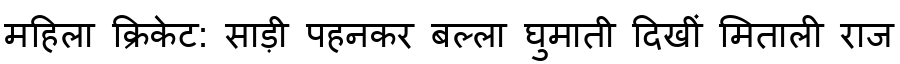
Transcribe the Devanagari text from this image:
महिला क्रिकेट: साड़ी पहनकर बल्ला घुमाती दिखीं मिताली राज